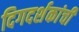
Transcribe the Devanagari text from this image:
दिगदर्शकांची